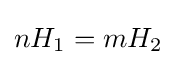
nH_{1}=mH_{2}